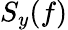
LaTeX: S_{y}(f)